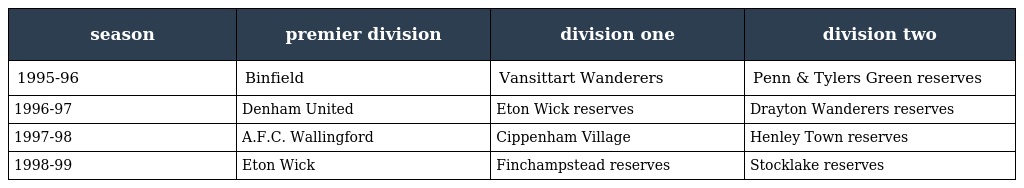
| season | premier division | division one | division two |
 | --- | --- | --- | --- |
 | 1995-96 | Binfield | Vansittart Wanderers | Penn & Tylers Green reserves |
 | 1996-97 | Denham United | Eton Wick reserves | Drayton Wanderers reserves |
 | 1997-98 | A.F.C. Wallingford | Cippenham Village | Henley Town reserves |
 | 1998-99 | Eton Wick | Finchampstead reserves | Stocklake reserves |